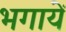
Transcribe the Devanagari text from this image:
भगायें